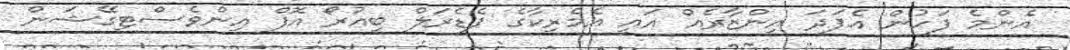
އެންމެ ފަހުން އެފަދަ އިންޒާރެއް އައީ އެމެރިކާގެ ފެޑެރަލް ބިއުރޯ އޮފް އިންވެސްޓިގޭޝަން